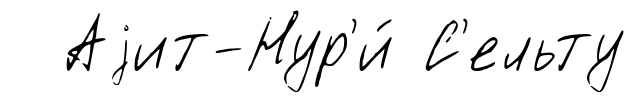
Аjит-Нур'и́ С'ельту